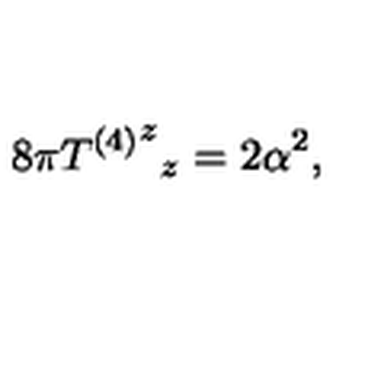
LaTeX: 8 \pi { { T ^ { ( 4 ) } } ^ { z } } _ { z } = 2 \alpha ^ { 2 } ,